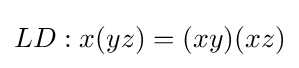
LD:x(yz)=(xy)(xz)